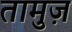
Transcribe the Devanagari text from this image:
तामुज़